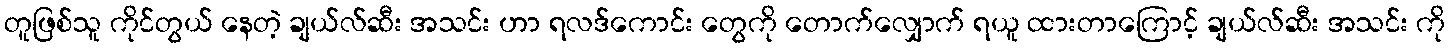
တူဖြစ်သူ ကိုင်တွယ် နေတဲ့ ချယ်လ်ဆီး အသင်း ဟာ ရလဒ်ကောင်း တွေကို တောက်လျှောက် ရယူ ထားတာကြောင့် ချယ်လ်ဆီး အသင်း ကို